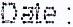
DATE :